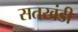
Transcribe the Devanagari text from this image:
सतखंडी